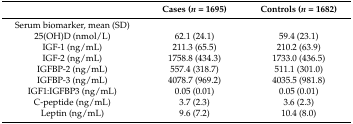
<table><thead><tr><td></td><td><b>Cases (<i>n</i> = 1695)</b></td><td><b>Controls (<i>n</i> = 1682)</b></td></tr></thead><tbody><tr><td>Serum biomarker, mean (SD)</td><td></td><td></td></tr><tr><td>25(OH)D (nmol/L)</td><td>62.1 (24.1)</td><td>59.4 (23.1)</td></tr><tr><td>IGF-1 (ng/mL)</td><td>211.3 (65.5)</td><td>210.2 (63.9)</td></tr><tr><td>IGF-2 (ng/mL)</td><td>1758.8 (434.3)</td><td>1733.0 (436.5)</td></tr><tr><td>IGFBP-2 (ng/mL)</td><td>557.4 (318.7)</td><td>511.1 (301.0)</td></tr><tr><td>IGFBP-3 (ng/mL)</td><td>4078.7 (969.2)</td><td>4035.5 (981.8)</td></tr><tr><td>IGF1:IGFBP3 (ng/mL)</td><td>0.05 (0.01)</td><td>0.05 (0.01)</td></tr><tr><td>C-peptide (ng/mL)</td><td>3.7 (2.3)</td><td>3.6 (2.3)</td></tr><tr><td>Leptin (ng/mL)</td><td>9.6 (7.2)</td><td>10.4 (8.0)</td></tr></tbody></table>